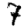
Digit: 7